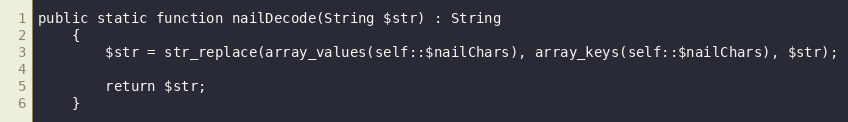
Language: PHP
public static function nailDecode(String $str) : String
    {
        $str = str_replace(array_values(self::$nailChars), array_keys(self::$nailChars), $str);

        return $str;
    }